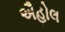
ઐહોલ